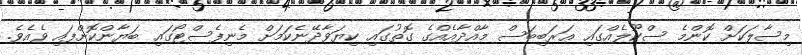
މިސާލަކަށް ކޮންމެ ސްކޫލެއްގައި ޢަރަބިބަސް މާއްދާއެއްގެ ގޮތުގައި ކިޔަވާދޭނެކަމަށް މެނިފެސްޓޯގައި ބަޔާންކޮށްފައި ވެއެވެ.